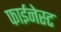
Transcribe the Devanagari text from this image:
फाईनेस्ट